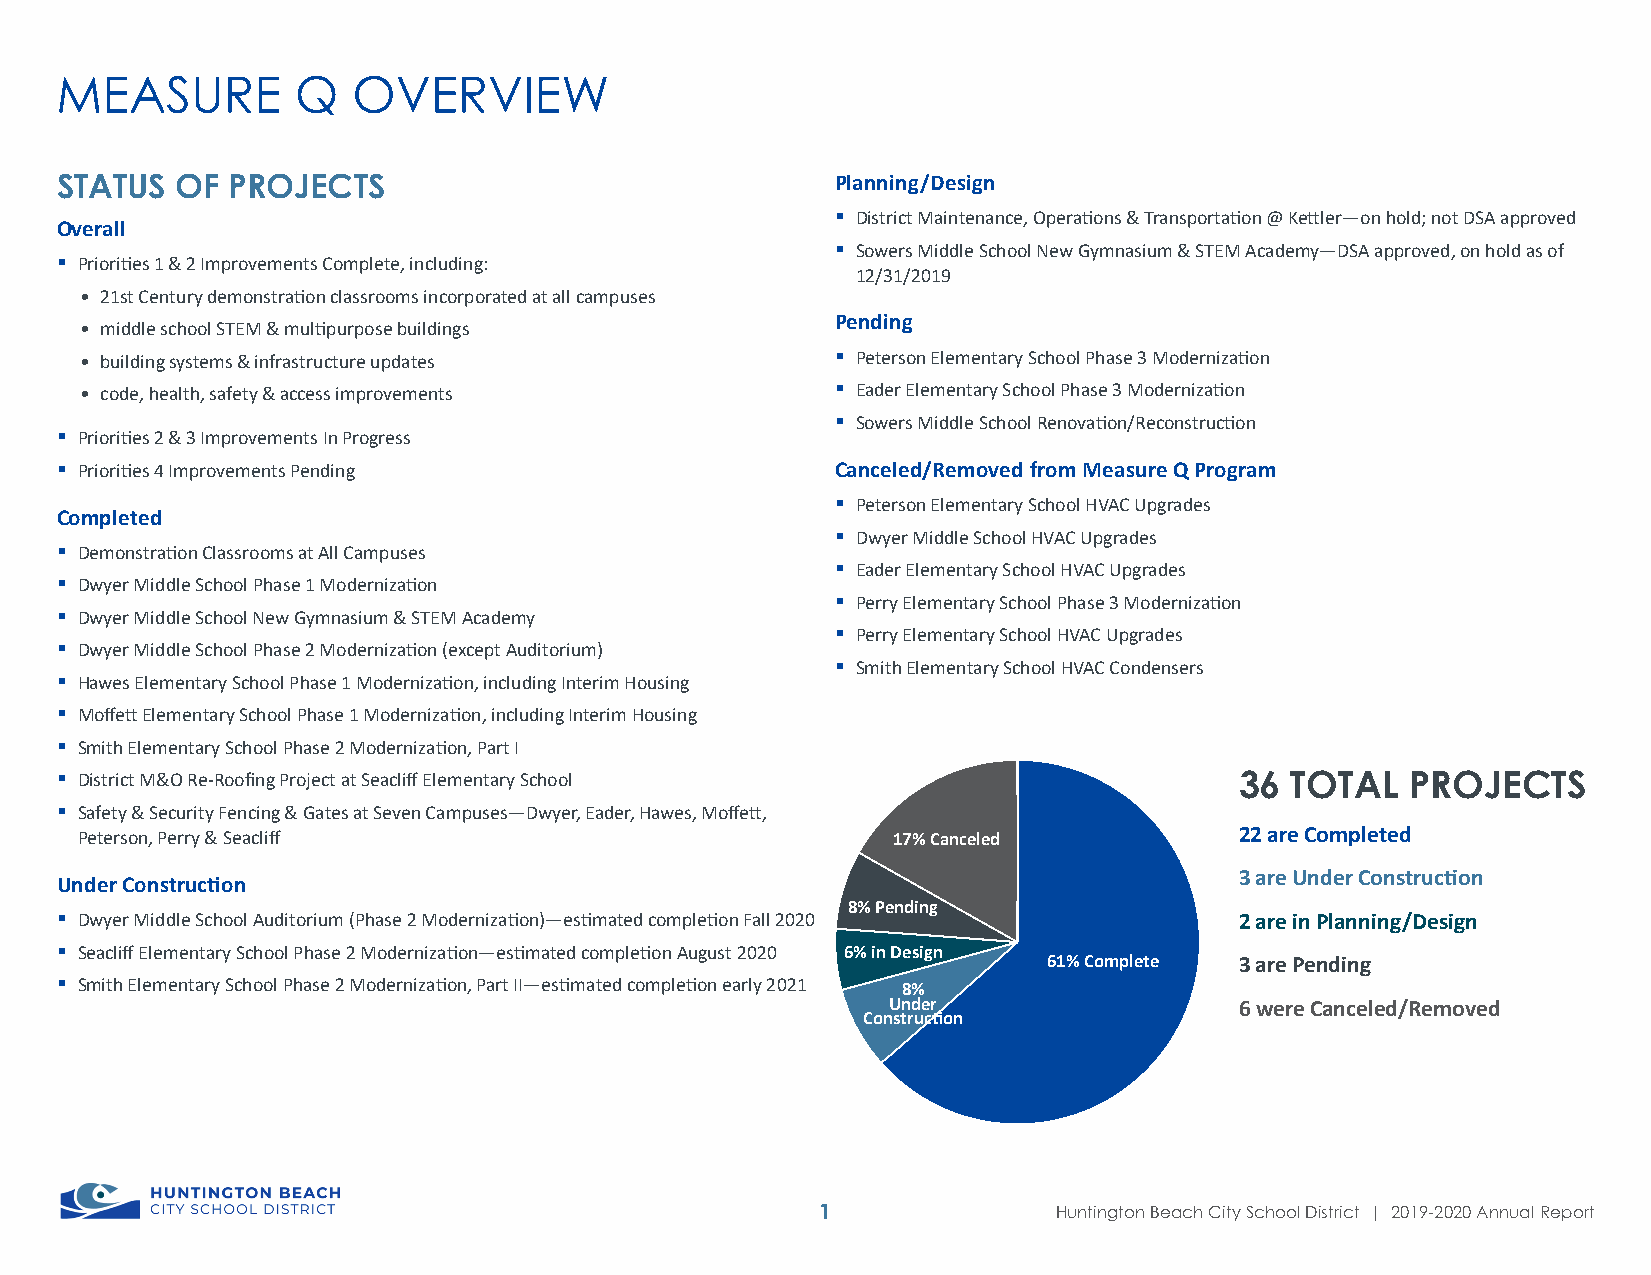
MEASURE         Q  OVERVIEW
 STATUS  OF PROJECTS                                Planning/Design
  District Maintenance, Operations & Transportation @ Kettler—on hold; not DSA approved
 Overall
  Sowers Middle School New Gymnasium & STEM Academy—DSA approved, on hold as of
  Priorities 1 & 2 Improvements Complete, including:
 12/31/2019
 • 21st Century demonstration classrooms incorporated at all campuses
 Pending
 • middle school STEM & multipurpose buildings
 • building systems & infrastructure updates        Peterson Elementary School Phase 3 Modernization
 • code, health, safety & access improvements       Eader Elementary School Phase 3 Modernization
  Sowers Middle School Renovation/Reconstruction
  Priorities 2 & 3 Improvements In Progress
  Priorities 4 Improvements Pending                Canceled/Removed from Measure Q Program
  Peterson Elementary School HVAC Upgrades
 Completed
  Dwyer Middle School HVAC Upgrades
  Demonstration Classrooms at All Campuses
  Eader Elementary School HVAC Upgrades
  Dwyer Middle School Phase 1 Modernization
  Perry Elementary School Phase 3 Modernization
  Dwyer Middle School New Gymnasium & STEM Academy
  Perry Elementary School HVAC Upgrades
  Dwyer Middle School Phase 2 Modernization (except Auditorium)
  Smith Elementary School HVAC Condensers
  Hawes Elementary School Phase 1 Modernization, including Interim Housing
  Moffett Elementary School Phase 1 Modernization, including Interim Housing
  Smith Elementary School Phase 2 Modernization, Part I
  District M&O Re-Roofing Project at Seacliff Elementary School               36 TOTAL   PROJECTS
  Safety & Security Fencing & Gates at Seven Campuses—Dwyer, Eader, Hawes, Moffett,
 Peterson, Perry & Seacliff                            17% Canceled           22 are Completed
 3 are Under Construction
 Under Construction
 8% Pending
  Dwyer Middle School Auditorium (Phase 2 Modernization)—estimated completion Fall 2020 2 are in Planning/Design
  Seacliff Elementary School Phase 2 Modernization—estimated completion August 2020 6% in Design
 61% Complete 3 are Pending
  Smith Elementary School Phase 2 Modernization, Part II—estimated completion early 2021 8%
 Under                  6 were Canceled/Removed
 Construction
 1               Huntington Beach City School District | 2019-2020 Annual Report